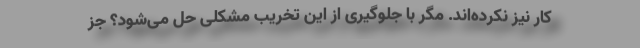
کار نیز نکرده‌اند. مگر با جلوگیری از این تخریب مشکلی حل می‌شود؟ جز